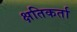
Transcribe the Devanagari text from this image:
क्षतिकर्ता